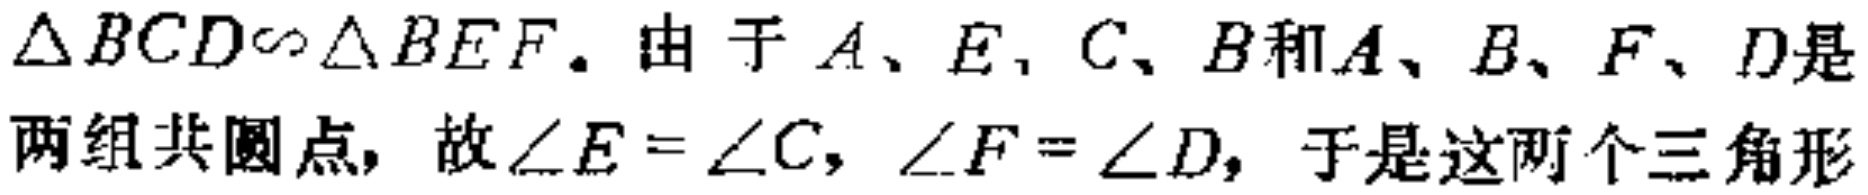
$\triangle BCD\sim\triangle BEF$. 由于$A、E、C、B$和$A、B、F、D$是两组共圆点，故$\angle E = \angle C$，$\angle F = \angle D$，于是这两个三角形